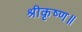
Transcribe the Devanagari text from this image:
श्रीकृष्ण॥